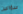
سؤالين